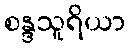
စန္ဒသူရိယာ